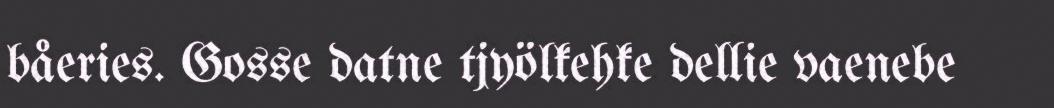
båeries. Gosse datne tjyölkehke dellie vaenebe